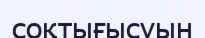
соқтығысуын